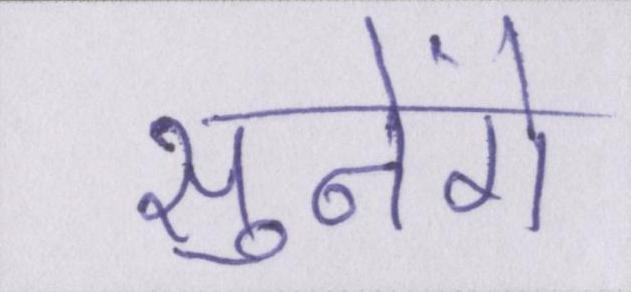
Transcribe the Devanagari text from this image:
सुनेंगे